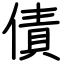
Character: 債